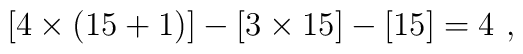
[4 \times (15+1)] - [3\times 15] -[15] = 4 \ ,